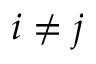
i \neq j